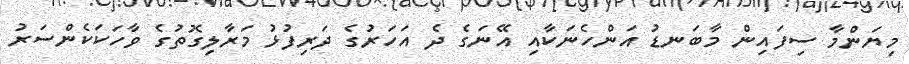
މިޔަންމާ ސިފައިން މާބަނޑު އަންހެނަކާއި އޭނަގެ ދެ އަހަރުގެ ދަރިފުޅު މަރާލިގޮތުގެ ވާހަކަކެންސަރު